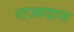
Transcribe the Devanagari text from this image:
राज्यदान